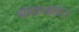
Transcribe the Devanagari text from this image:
बाकनकर